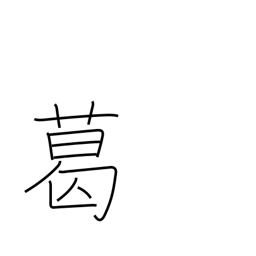
Meaning: arrowroot